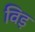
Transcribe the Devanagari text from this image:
विड़